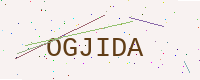
Text: OGJIDA